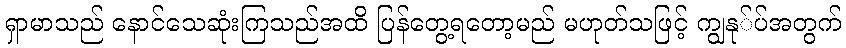
ရှာမာသည် နောင်သေဆုံးကြသည်အထိ ပြန်တွေ့ရတော့မည် မဟုတ်သဖြင့် ကျွနု်ပ်အတွက်